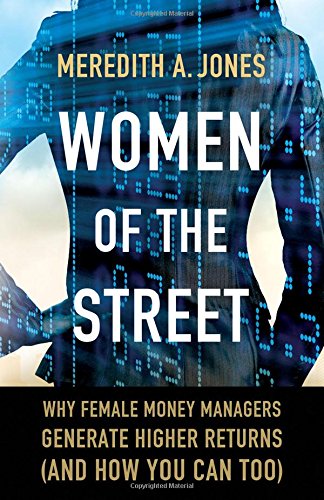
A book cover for Women of The Street: Why Female Money Managers Generate Higher Returns (and How You Can Too); Meredith A. Jones; Business & Money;